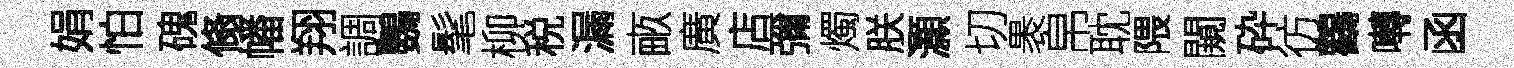
娟怕磈翛幡翔調鸚髦柳税漏畞廣店彌燭朕灝切褁帛耽隈闚砕彷鸛囀函